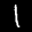
Label: 1